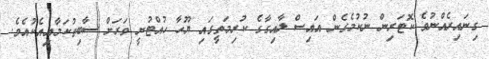
ގިނައިރެއްނުވެ ކޮޓަރިން ނުކުމެގެން އައިސް ލާއިގާގެ ކުރިމަތީގައި ޔޫހާ ހުއްޓުނީ ވަރަށް ސާބިތުކަމާއިއެކުއެވެ.